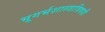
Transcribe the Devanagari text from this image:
भूगर्भशास्त्राविषयी